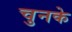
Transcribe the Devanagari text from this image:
चुनके